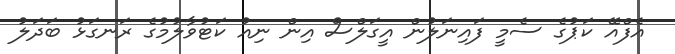
އެފްއޭ ކަޕުގެ ސެމީ ފައިނަލުން އީގަލްސް އިން ނިއު ކަޓުވާލުމުގެ ރަނގަޅު ބަދަލު